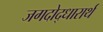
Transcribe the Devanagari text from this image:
जगदोद्धारार्थ